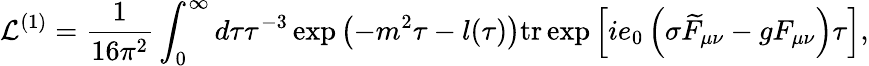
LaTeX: {\cal L}^{(1)}=\frac 1{16\pi^{2}}\int_{0}^{\infty}d\tau\tau^{-3}\exp\left(-m^{2}\tau-l(\tau)\right)\mathrm{tr}\exp\left[ie_{0}\left(\sigma\widetilde{F}_{\mu\nu}-gF_{\mu\nu}\right)\tau\right],